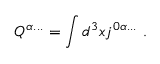
Q ^ { \alpha . . . } = \int d ^ { 3 } x j ^ { 0 \alpha . . . } \ .